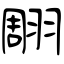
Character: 翢